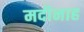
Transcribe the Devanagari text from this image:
मदीनाह